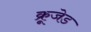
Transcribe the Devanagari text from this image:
क्रूजेड